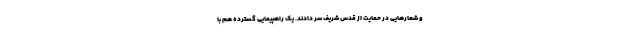
و شعارهایی در حمایت از قدس شریف سر دادند. یک راهپیمایی گسترده هم با